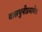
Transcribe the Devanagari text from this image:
वालधुनीप्रमाणेच